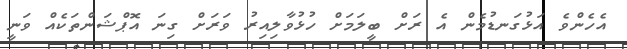
އެހެންވެ އަޅުގަނޑުމެން އެ ރަށް ބީލަމަށް ހުޅުވާލިއިރު ވަރަށް ގިނަ އޮޕްޝަންތަކެއް ވަނީ